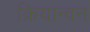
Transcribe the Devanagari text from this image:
क्रियान्‍वन